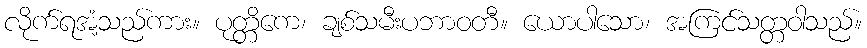
လိုက်ရအံ့သည်ကား။ ပုတ္တိကေ၊ ချစ်သမီးပဘာဝတီ။ ယောပါသော၊ အကြင်သတ္တဝါသည်။